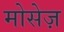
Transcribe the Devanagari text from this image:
मोसेज़